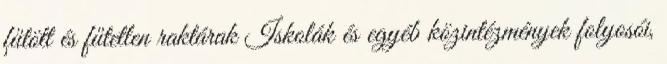
fűtött és fűtetlen raktárak Iskolák és egyéb közintézmények folyosói,